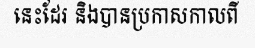
នេះដែរ និងបានប្រកាសកាលពី